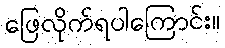
ဖြေလိုက်ရပါကြောင်း။